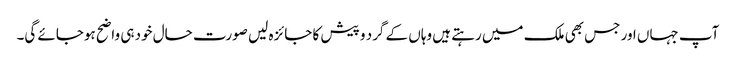
آپ جہاں اور جس بھی ملک میں رہتے ہیں وہاں کے گرد و پیش کا جائزہ لیں صورت حال خود ہی واضح ہوجائے گی۔